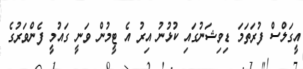
އީގަލްސް ފުރަތަމަ ޑިވިޝަނުގައި ކުޅުނު އިރު އެ ޓީމުން ވަނީ ގައުމީ ފެންވަރުގެ